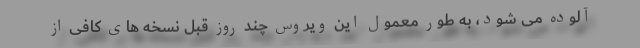
آلوده می شود، به طور معمول این ویروس چند روز قبل نسخه های کافی از